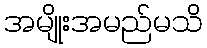
အမျိုးအမည်မသိ